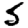
Digit: 5